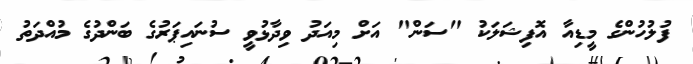
ފުލުހުންގެ މީޑިއާ އޮފިޝަލަކު "ސަން" އަށް މިއަދު ވިދާޅުވީ ސުނައިޕަރުގެ ބަންދުގެ މުއްދަތު